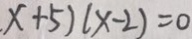
x + 5 ) ( x - 2 ) = 0